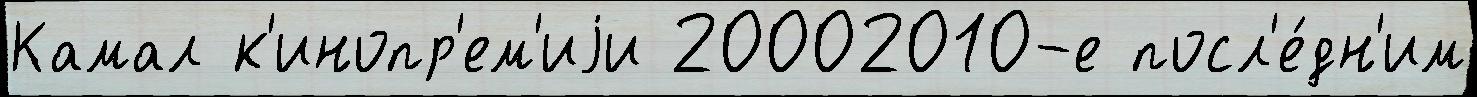
Камал к'инопр'ем'иjи 20002010-е посл'е́дн'им